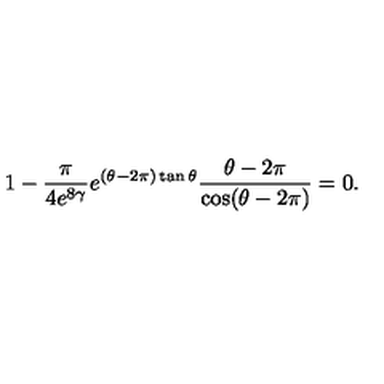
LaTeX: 1 - \frac { \pi } { 4 e ^ { 8 \gamma } } e ^ { ( \theta - { 2 \pi } ) \tan \theta } \frac { \theta - { 2 \pi } } { \cos ( \theta - { 2 \pi } ) } = 0 .